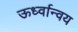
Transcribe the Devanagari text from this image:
ऊर्ध्वान्वय